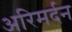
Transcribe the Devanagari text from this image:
अरिमर्दन